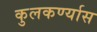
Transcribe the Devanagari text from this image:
कुलकर्ण्यास